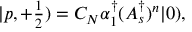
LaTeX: | p , + { \textstyle \frac 1 2 } ) = C _ { N } \alpha _ { 1 } ^ { \dagger } ( A _ { s } ^ { \dagger } ) ^ { n } | 0 ) ,